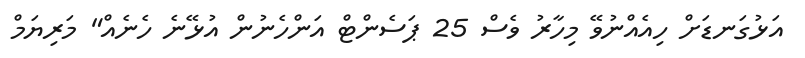
އަޅުގަނޑަށް ހިއެއްނުވޭ މިހާރު ވެސް 25 ޕަސެންޓް އަންހެނުން އުޅޭނެ ހެނެއް" މަރިޔަމް